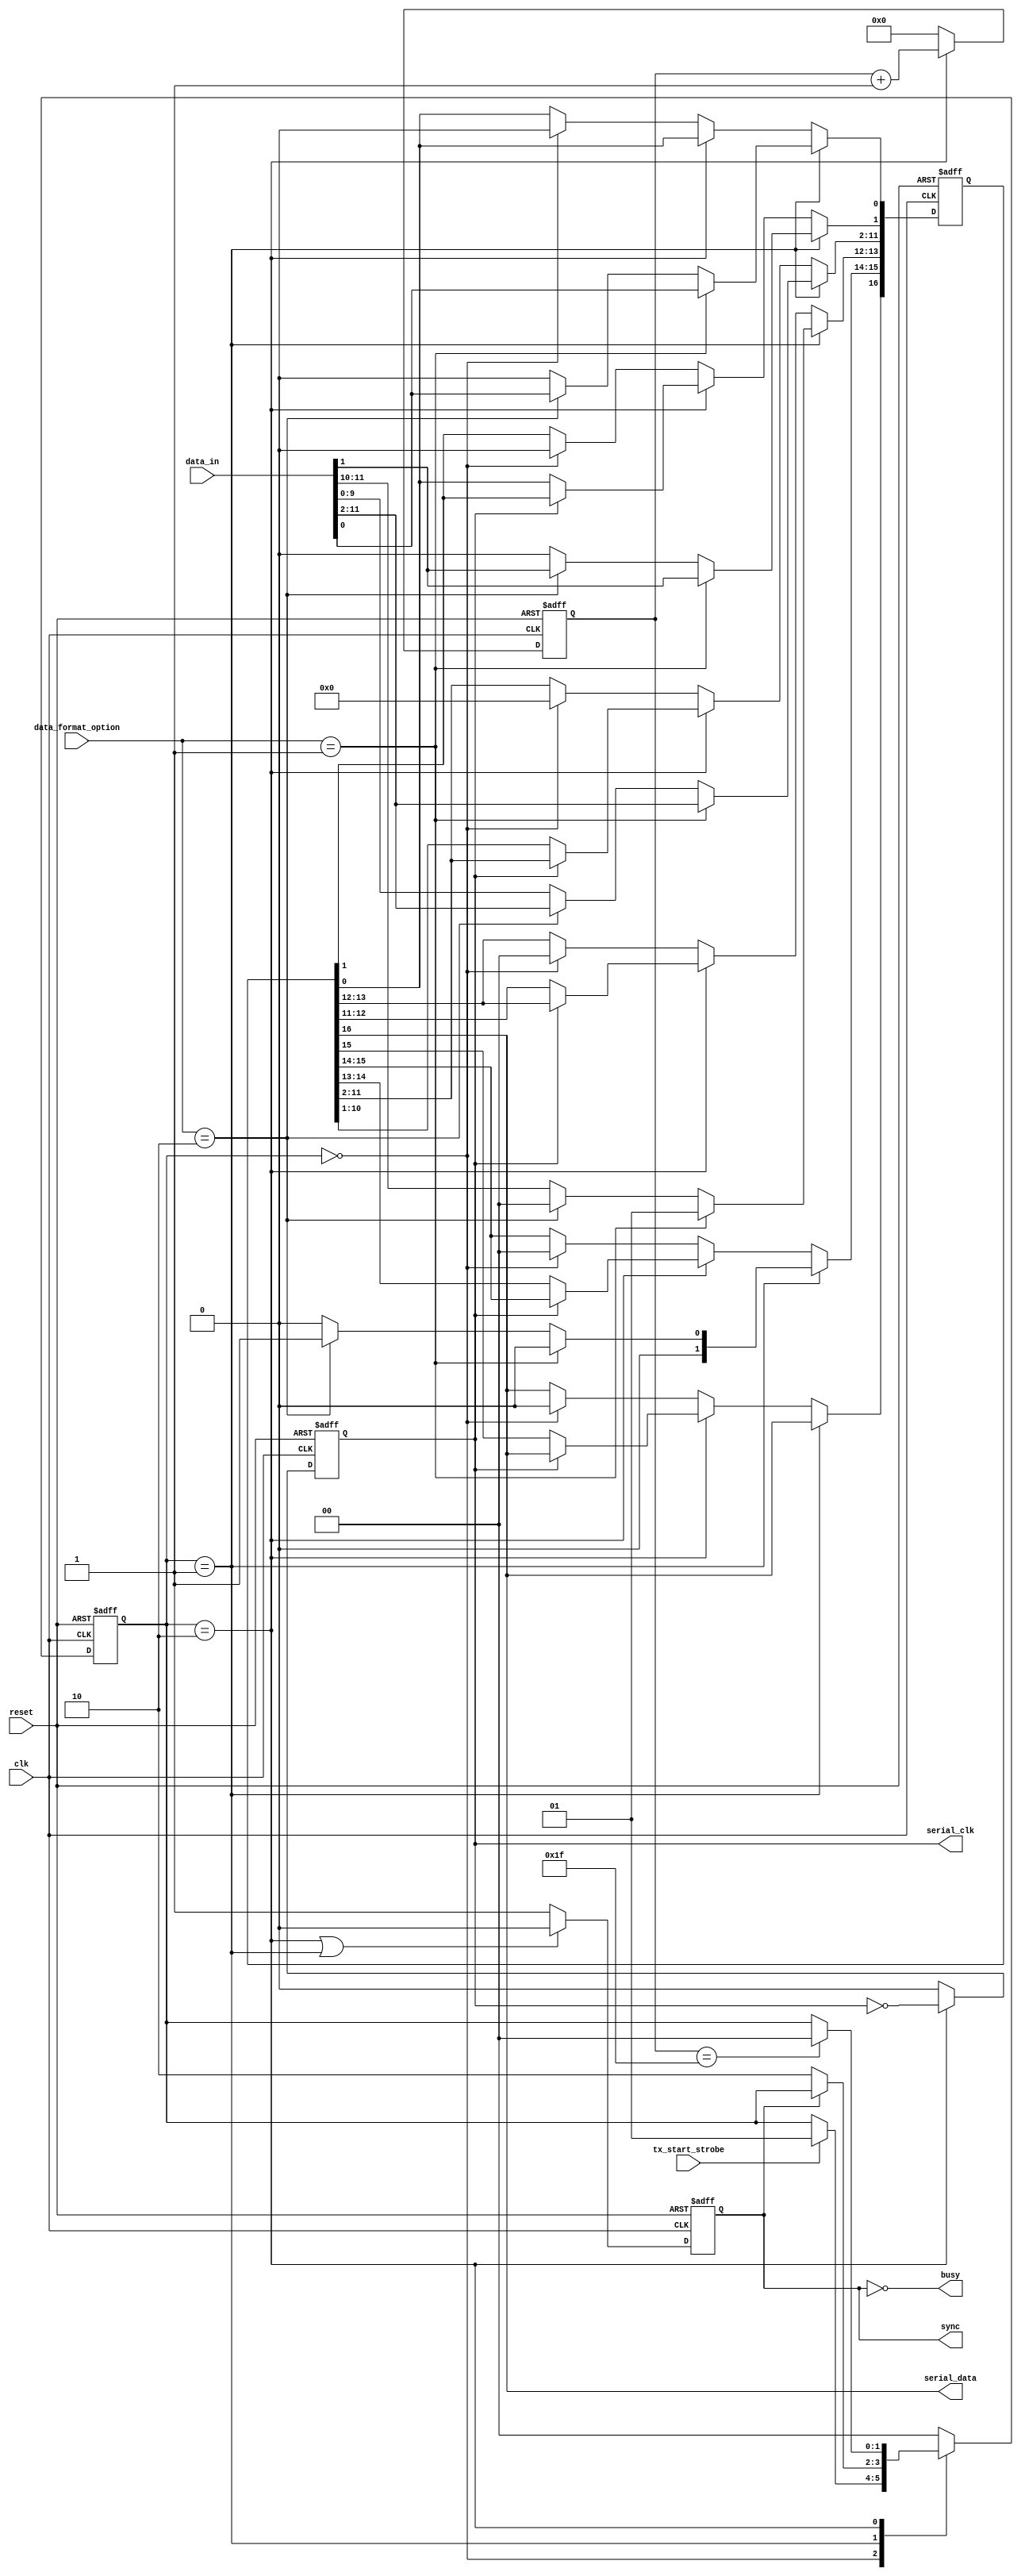
`timescale 1ns / 1ps
//////////////////////////////////////////////////////////////////////////////////
// 
// Design Name: 
// Module Name:    Dac_Serial 
//
// Revision: 
// Revision 0.01 - File Created
// Additional Comments: 
//
// Takes a 12-bit value representing desired output voltage and converts it to a 
// serial bit-stream suitable for a d-to-a converter.  At the same time
// we also generate serial_clk pulses and a sync signal to control the DAC.
// For TB3IOM Rev B we used Dac7513 DACs.
// For TB3IOM Rev C we discarded the Dac7513, and we support 2 new DACs:
//    DAC7311 -- similar to Dac7513 but slight change formatting the 16-bit word banged to the DAC.
//    AD 5449 -- actually a dual DAC, provides outputs for both Cos and Sin for resolver.
//               it likewise has it's own formatting for the 16-bit word banged to the DAC.
//
// As input, a HI level on tx_start_strobe tells us we have a new 12-bit data_in[] 
// value to serialize and transmit to the DAC.
//
// This routine generates serial_clk, serial_data and sync signals as they are shown
// in the DAC data sheets.  Keep in mind that TB3IOMB has inverters between
// FPGA and DAC on serial_clk, serial_data lines, so they may have to be inverted
// by whatever code instantiates this.
//////////////////////////////////////////////////////////////////////////////////
module Dac_Serial(
    input clk,
    input reset,
    input tx_start_strobe, // hi strobe on this tells us to start transmitting
    input [11:0] data_in,
	 input [1:0]data_format_option,
    output serial_data,
    output sync,
    output serial_clk,
	 output busy            // tells instantiator when we are ready
    );


reg	[16:0]	tx_data;
reg            sync_reg;
reg            serial_clk_reg;
reg	[5:0]		clk_counter;

// states for the main state machine
reg	[1:0]		main_state;			// S T A T E S
parameter	idle		= 2'h0;		// waiting for tx_start_strobe to go HI
parameter	tx_start	= 2'h1;		// lower the sync signal before starting clock
parameter	tx_on		= 2'h2;		// generate clock and data signals until we are done

// useful declarations
parameter	iTrue = 1'b1;
parameter	iFalse = 1'b0;

parameter	max_serial_clk_count = 5'h1F;	// 16 bits = 32 transitions = 0x00 - 0x1F

// main state machine
always @(posedge clk or negedge reset)
begin
	if (~reset) 
		main_state <= idle;
	else
		case (main_state)
			idle		:
				if (tx_start_strobe == iTrue)
					main_state <= tx_start;
				else
					main_state <= main_state;
			tx_start		:
				if (sync == 1'b0)
					main_state <= tx_on;
				else
					main_state <= main_state;
			tx_on		:
				if (clk_counter == max_serial_clk_count)
					main_state <= idle;
				else
					main_state <= main_state;
			default	:	main_state <= idle;
		endcase
end


// values for data_format_option; // how we format our 12-bit DAC data into 16-bits xmit to DAC chip
parameter [1:0]DAC7311_FORMAT = 2'h0;
parameter [1:0]AD5449_FORMAT_A = 2'h1;
parameter [1:0]AD5449_FORMAT_B = 2'h2;

// tx_data shifter
assign serial_data = tx_data[16];
	// NOTE: tx_data gets shifted before first falling edge on serial_clk
	// hence we add a 17th bit on tx_data[],
	// and we take serial_data out of tx_data[16].
always @(posedge clk or negedge reset)
begin
	if (~reset) begin
		tx_data <= 17'h00000;
		end
	else if (main_state == tx_start) begin
		// latch data into our buffer for transmitting
		if (data_format_option == AD5449_FORMAT_A) begin
			tx_data[11:0] <= data_in;
			tx_data[15:12] <= 4'h1;	// load and update DAC A
		end else if (data_format_option == AD5449_FORMAT_B) begin
			tx_data[11:0] <= data_in;
			tx_data[15:12] <= 4'h4;	// load and update DAC B
		end else begin
			// Assume default: DAC7311_FORMAT
			tx_data[13:2] <= data_in;
			tx_data[15:14] <= 2'h0;	// normal mode (as opposed to power down)
			tx_data[1:0] <= 2'h0;	// "don't care"
	   end
	end else if (main_state == tx_on) begin
		if (serial_clk_reg == 1'b0)
			tx_data[16:1] <= tx_data[15:0];
		else
			tx_data <= tx_data;
		end
	else if (main_state == idle)
		// data line LOW when not in use
		tx_data <= 16'h0000;
	else
		tx_data <= tx_data;
end

// Generate serial_clk and count # of transitions
assign serial_clk = serial_clk_reg;

always @(posedge clk or negedge reset)
begin
	if (~reset) begin
		serial_clk_reg <= 1'b0; // start serial clk LOW
		clk_counter <= 5'h00;
		end
	else if (main_state == tx_on) begin
		serial_clk_reg <= !serial_clk_reg; // counting # transitions = 2x # of pulses
		clk_counter <= clk_counter + 1'b1;
		end
	else begin
		serial_clk_reg <= 1'b0; // serial clk LOW when not in use
		clk_counter <= 5'h00;
		end
end

// Generate Sync signal
assign sync = sync_reg;

always @(posedge clk or negedge reset)
begin
	if (~reset)
		sync_reg <= 1'b1; // start ~SYNCH HI
	else if ((main_state == tx_on) || (main_state == tx_start)) // 5/5/2015 Rev_01.04.02_F1 changed from Bitwise to Logical OR
		sync_reg <= 1'b0; // LOW while we transmit (must be low before first rising serial clk edge)
	else 
		sync_reg <= 1'b1; // (must stay low until last falling edge on serial clk)
end

// signal back to instantiator whether or not we are available
// turns out to have same timing as sync signal, just inverted 
assign busy = ~sync_reg; 


endmodule